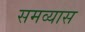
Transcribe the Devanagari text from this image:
समव्यास